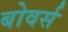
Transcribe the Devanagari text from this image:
बोवर्स